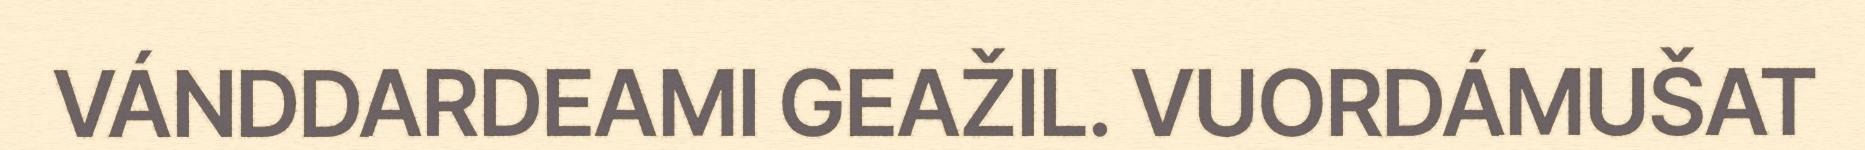
VÁNDDARDEAMI GEAŽIL. VUORDÁMUŠAT